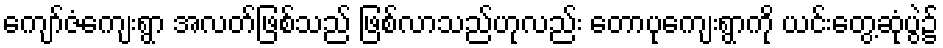
ကျော်ဇံကျေးရွာ အလတ်ဖြစ်သည် ဖြစ်လာသည်ဟုလည်း တောပုကျေးရွာကို ယင်းတွေ့ဆုံပွဲ၌